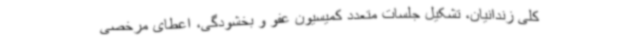
کلی زندانیان، تشکیل جلسات متعدد کمیسیون عفو و بخشودگی، اعطای مرخصی